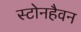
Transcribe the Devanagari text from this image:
स्टोनहैवन